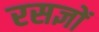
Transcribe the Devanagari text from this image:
रसज्ञों